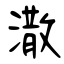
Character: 潵